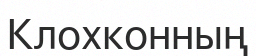
Клохконның